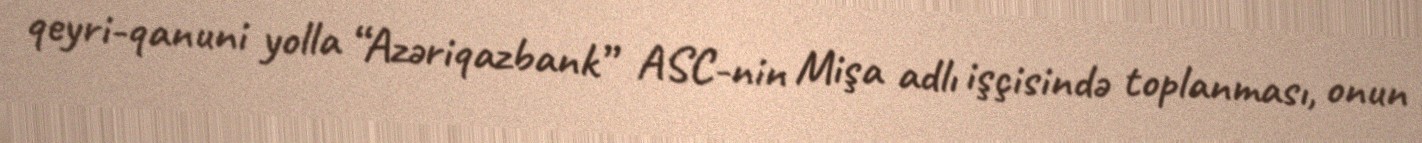
qeyri-qanuni yolla “Azəriqazbank” ASC-nin Mişa adlı işçisində toplanması, onun